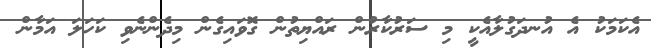
އެކަމަކު އެ އުނދަގުލާއެކީ މި ސަރުކާރުން ރައްޔިތުން ގޮވައިގެން މިދެންނެވި ކަހަލަ އަމާން